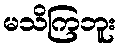
မသိကြဘူး